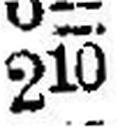
210